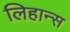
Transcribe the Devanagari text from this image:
लिहान्स